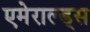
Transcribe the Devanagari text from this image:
एमेराल्ड्स